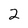
Character: 2